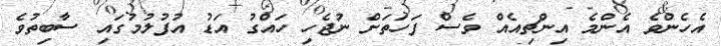
އެހެންވެ އެންމެ އިންޗިއެއް ވެސް ފަހަތަށް ނުޖެހި ހައްގު އަޑު އުފުލުމުގައި ސާބިތުވެ